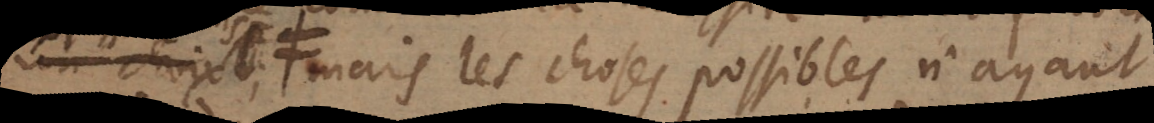
choix≠ Mais les choses possibles n’ayant